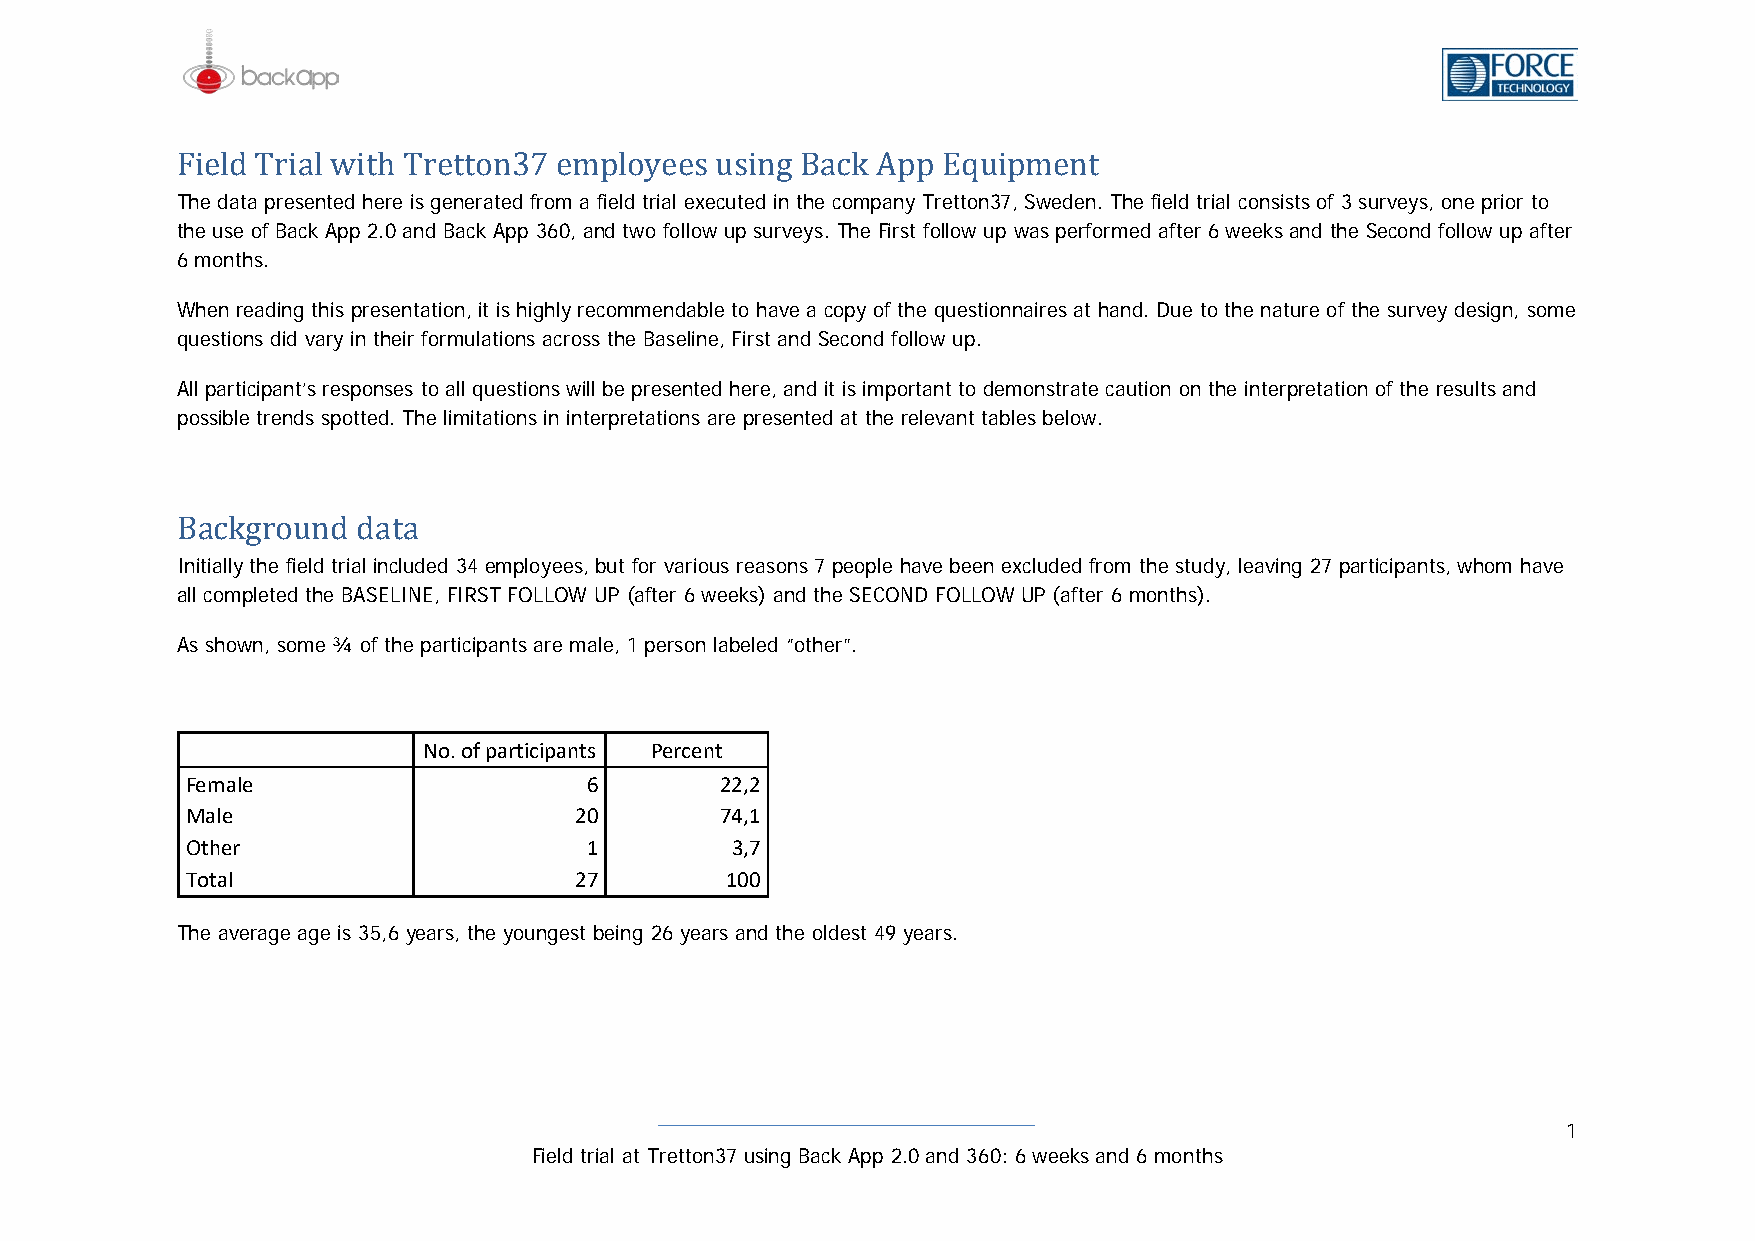
The data presented here is generated from a field trial executed in the company Tretton37, Sweden. The field trial consists of 3 surveys, one prior to
 tFhiee ulsde oTf rBaiackl Awppi t2h.0 Tanrde Btatcok nAp3p 736 e0,m anpd ltowyo efoellosw u usp isnurgve Bysa. Tchke AFirpstp fo lEloqw uupip wmas epenrfto rmed after 6 weeks and the Second follow up after
 6 months.
 When reading this presentation, it is highly recommendable to have a copy of the questionnaires at hand. Due to the nature of the survey design, some
 questions did vary in their formulations across the Baseline, First and Second follow up.
 All participant’s responses to all questions will be presented here, and it is important to demonstrate caution on the interpretation of the results and
 possible trends spotted. The limitations in interpretations are presented at the relevant tables below.
 Initially the field trial included 34 employees, but for various reasons 7 people have been excluded from the study, leaving 27 participants, whom have
 aBlla ccomkpglertoedu tnhed B AdSaELtIaN E, FIRST FOLLOW UP (after 6 weeks) and the SECOND FOLLOW UP (after 6 months).
 As shown, some ¾ of the participants are male, 1 person labeled “other”.
 No. of participants Percent
 Female                     6        22,2
 Male                      20        74,1
 Other                      1        3,7
 Total                     27        100
 The average age is 35,6 years, the youngest being 26 years and the oldest 49 years.
 1
 Field trial at Tretton37 using Back App 2.0 and 360: 6 weeks and 6 months